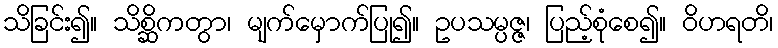
သိခြင်း၍။ သိစ္ဆိကတွာ၊ မျက်မှောက်ပြု၍။ ဥပသမ္ပဇ္ဇ၊ ပြည့်စုံစေ၍။ ဝိဟရတိ၊